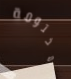
مختومة